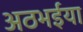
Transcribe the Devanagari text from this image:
अठभईया